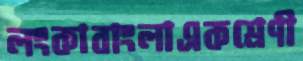
লংকাবাংলাএকশ্রেণী